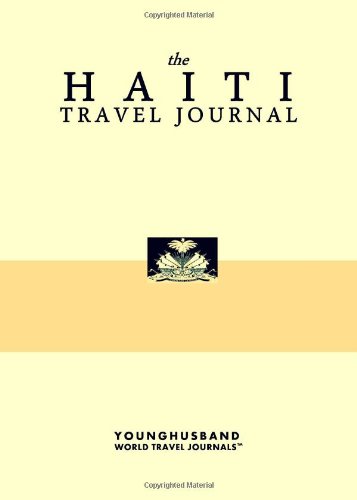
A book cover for The Haiti Travel Journal; Younghusband World Travel Journals; Travel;